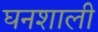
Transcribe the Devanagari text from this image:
घनशाली